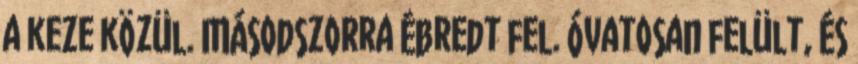
a keze közül. Másodszorra ébredt fel. Óvatosan felült, és